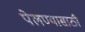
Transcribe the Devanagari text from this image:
पेलण्‍यासाठी